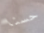
حسنا